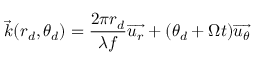
\overrightarrow { k } ( r _ { d } , \theta _ { d } ) = \frac { 2 \pi r _ { d } } { \lambda f } \overrightarrow { u _ { r } } + ( \theta _ { d } + \Omega t ) \overrightarrow { u _ { \theta } }